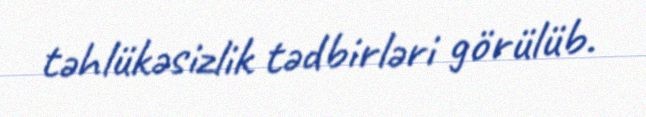
təhlükəsizlik tədbirləri görülüb.